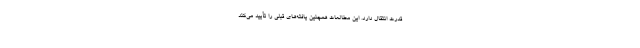
قدرت انتقال دارد. این مطالعات همچنین یافته‌های قبلی را تأیید می‌کند